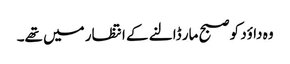
وہ داؤد کو صبح مار ڈالنے کے انتظار میں تھے۔